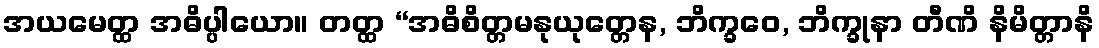
အယမေတ္ထ အဓိပ္ပါယော။ တတ္ထ “အဓိစိတ္တမနုယုတ္တေန, ဘိက္ခဝေ, ဘိက္ခုနာ တီဏိ နိမိတ္တာနိ